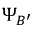
\Psi _ { B ^ { \prime } }